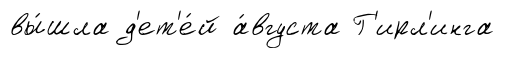
вы́шла д'ет'е́й а́вгуста Г'ирл'инга